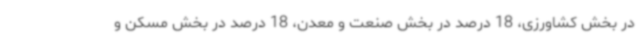
در بخش کشاورزی، 18 درصد در بخش صنعت و معدن، 18 درصد در بخش مسکن و